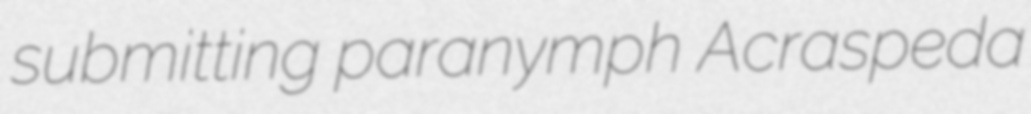
submitting paranymph Acraspeda